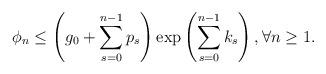
LaTeX: \begin{align*}\phi_n \le \left( g_0 + \sum_{s=0}^{n-1} p_s\right) \exp \left(\sum_{s=0}^{n-1}k_s \right), \forall n \ge 1.\end{align*}